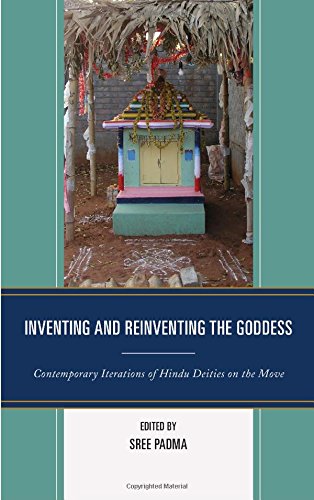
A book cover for Inventing and Reinventing the Goddess: Contemporary Iterations of Hindu Deities on the Move; Religion & Spirituality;